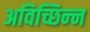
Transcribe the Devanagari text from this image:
अविच्छिन्‍न